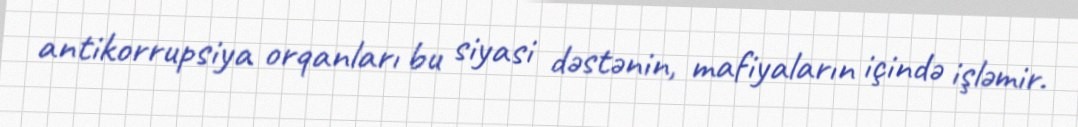
antikorrupsiya orqanları bu siyasi dəstənin, mafiyaların içində işləmir.